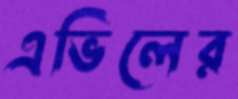
এভিলের